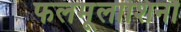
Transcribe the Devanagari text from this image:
फलमूलाशिनौ